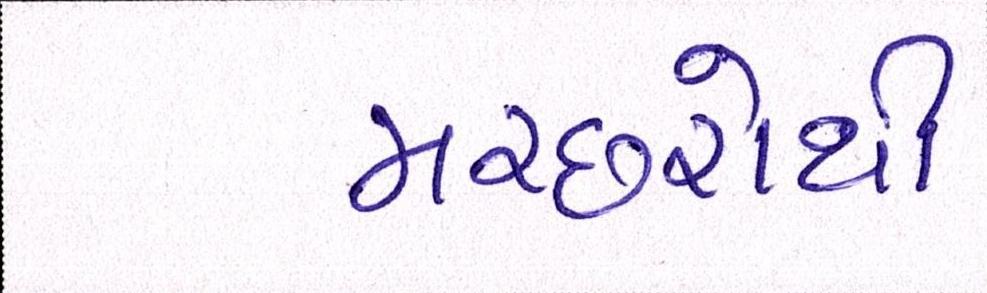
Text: મચ્છરોથી